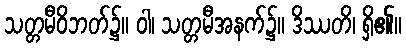
သတ္တမီဝိဘတ်၌။ ဝါ၊ သတ္တမီအနက်၌။ ဒိဿတိ၊ ရှိ၏။